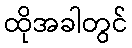
ထိုအခါတွင်